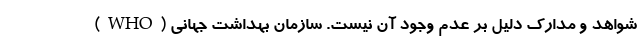
شواهد و مدارک دلیل بر عدم وجود آن نیست. سازمان بهداشت جهانی (WHO)